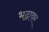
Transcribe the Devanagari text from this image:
भद्रावर